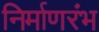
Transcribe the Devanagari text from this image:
निर्माणरंभ